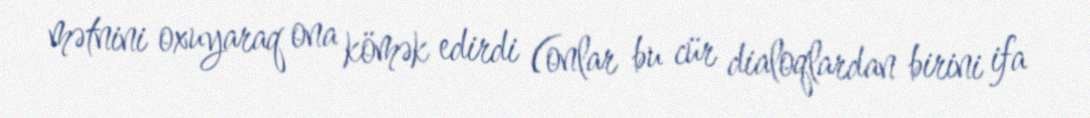
mətnini oxuyaraq ona kömək edirdi (onlar bu cür dialoqlardan birini ifa